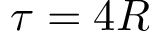
\tau = 4 R